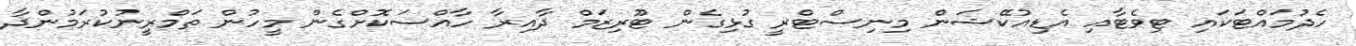
ހެދުމައްޓަކައި ޓިވެޓާއި އެޑިއުކޭޝަން މިނިސްޓްރީ ގުޅިގެން ޓޫރިޒަމް ދާއިރާ ހާއްސަކޮށްގެން މީހުން ތަމްރީނުކުރަމުންދާ